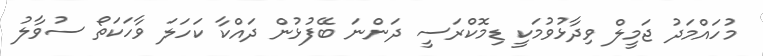
މުހައްމަދު ޖަމީލް ވިދާޅުވުމަކީ ޑިމޮކްރަސީ ދަންނަ ބޭފުޅުން ދައްކާ ކަހަލަ ވާހަކަތޯ ސުވާލު